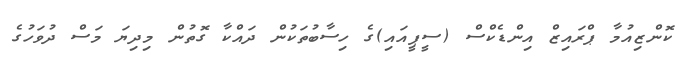
ކޮންޒިއުމާ ޕްރައިޒް އިންޑެކްސް (ސީޕީއައި)ގެ ހިސާބުތަކުން ދައްކާ ގޮތުން މިދިޔަ މަސް ދުވަހުގެ